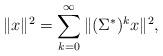
LaTeX: \begin{align*}\|x\|^2 = \sum_{k=0}^{\infty} \| (\Sigma^*)^k x\|^2, \end{align*}